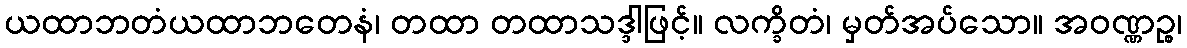
ယထာဘတံယထာဘတေနံ၊ တထာ တထာသဒ္ဒါဖြင့်။ လက္ခိတံ၊ မှတ်အပ်သော။ အဝဏ္ဏဉ္စ၊